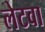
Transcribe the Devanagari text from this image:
लेटवा